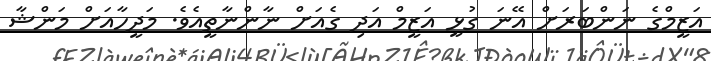
އަޒީމްގެ ނަންބަރަށް އޭނަ ގުޅީ އަޒީމް އަދި ގެއަށް ނާންނާތީއެވެ. މަދީހާއަށް މަންޝާ